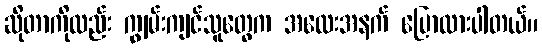
ဆိုတာကိုလည်း ကျွမ်းကျင်သူတွေက အလေးအနက် ပြောထားပါတယ်။